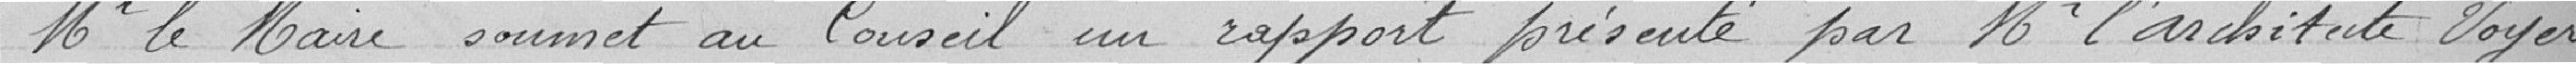
Monsieur le Maire soumet au Conseil un rapport présenté par Monsieur l'Architecte VOYER